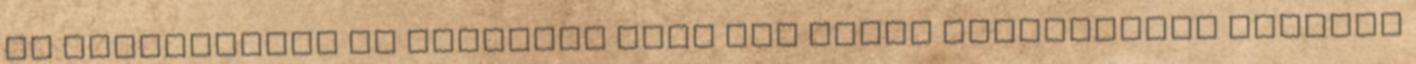
az adatkezelés az Érintett vagy egy másik természetes személy